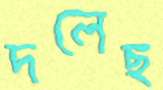
দলেছ